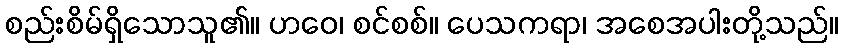
စည်းစိမ်ရှိသောသူ၏။ ဟဝေ၊ စင်စစ်။ ပေသကရာ၊ အစေအပါးတို့သည်။